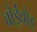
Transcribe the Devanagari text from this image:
वोईवोड